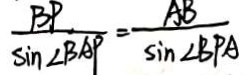
\frac { B P } { \sin \angle B A P } = \frac { A B } { \sin \angle B P A }